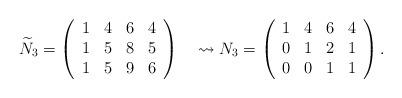
LaTeX: \begin{align*} \widetilde{N}_3 = \left( \begin{array}{llll}1 & 4 & 6 & 4\\1 & 5 & 8 & 5\\1 & 5 & 9 & 6\\\end{array} \right)\quad\rightsquigarrow {N}_3 = \left(\begin{array}{llll}1 & 4 & 6 & 4\\0 & 1 & 2 & 1\\0 & 0 & 1 & 1\\\end{array}\right).\end{align*}